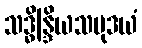
သဒ္ဓိန္ဒြိယသမုဒယံ